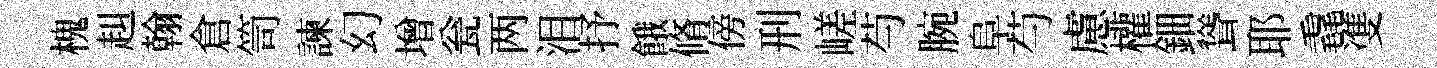
槐赳翰倉笥諫幻增瓮两泪抒餓脩傍刑嵯芍腕阜芍慮權鈿聳耶毳㕠